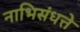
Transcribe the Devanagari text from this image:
नाभिसंधत्ते